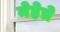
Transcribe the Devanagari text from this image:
मेहेत्रे